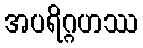
အပရိဂ္ဂဟဿ